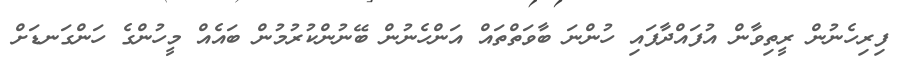
ފިރިހެނުން ރީތިވާން އުފައްދާފައި ހުންނަ ބާވަތްތައް އަންހެނުން ބޭނުންކުރުމުން ބައެއް މީހުންގެ ހަންގަނޑަށް